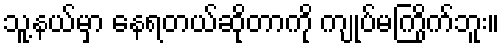
သူ့နယ်မှာ နေရတယ်ဆိုတာကို ကျုပ်မကြိုက်ဘူး။